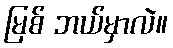
မြစ် ဘယ်မှာလဲ။